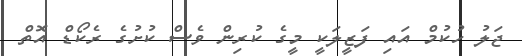
ޖަލު ހުކުމް އައި ފަޒީލަކީ މީގެ ކުރިން ވެސް ކުށުގެ ރެކޯޑް އޮތް